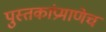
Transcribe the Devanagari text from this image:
पुस्तकांप्रमाणेच